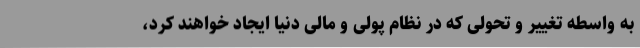
به واسطه تغییر و تحولی که در نظام پولی و مالی دنیا ایجاد خواهند کرد،